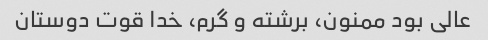
عالی بود ممنون، برشته و گرم، خدا قوت دوستان